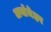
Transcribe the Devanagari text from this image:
अर्यामेहर